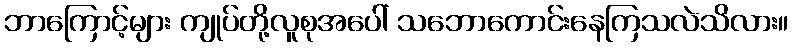
ဘာကြောင့်များ ကျုပ်တို့လူစုအပေါ် သဘောကောင်းနေကြသလဲသိလား။